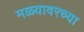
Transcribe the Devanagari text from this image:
मळ्यावरच्या